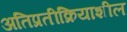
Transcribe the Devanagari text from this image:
अतिप्रतीक्रियाशील